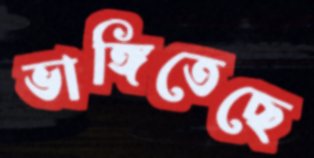
ভাঙ্গিতেছে